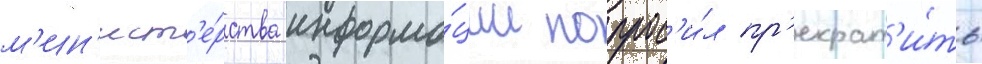
м'ин'ист'е́рства информа́ции попрос'и́л пр'екрат'и́ть